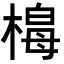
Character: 𭫟